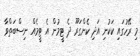
މި ރޭހުގައި ކަކުނި އަދި ކެންގަރޫ ދެ ޓީމުން އެ ޓީމެއް ނިސްބަތްވާ